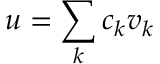
u = \sum _ { k } c _ { k } v _ { k }